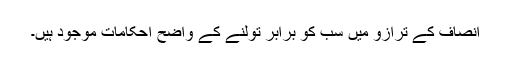
انصاف کے ترازو میں سب کو برابر تولنے کے واضح احکامات موجود ہیں۔